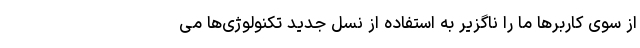
از سوی کاربرها ما را ناگزیر به استفاده از نسل جدید تکنولوژی‌ها می